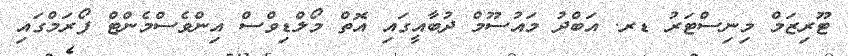
ޓޫރިޒަމް މިނިސްޓަރު ޑރ. އަބްދު މައުސޫމް ދުބާއީގައި އޮތް މޯލްޑިވްސް އިންވެސްމެންޓް ފޯރަމްގައި